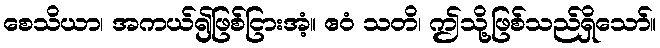
စေသိယာ၊ အကယ်၍ဖြစ်ငြားအံ့။ ဧဝံ သတိ၊ ဤသို့ဖြစ်သည်ရှိသော်။